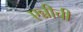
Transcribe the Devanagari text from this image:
एन्नीची